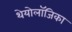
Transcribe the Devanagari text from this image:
थेयोलॉजिका